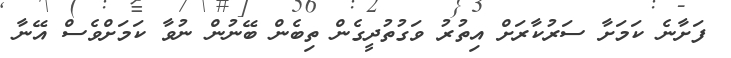
ފަށާނެ ކަމަށާ ސަރުކާރަށް އިތުރު ވަގުތުދީގެން ތިބެން ބޭނުން ނުވާ ކަމަށްވެސް އޭނާ